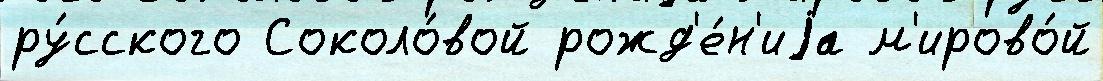
ру́сского Соколо́вой рожд'е́н'иjа м'ирово́й